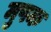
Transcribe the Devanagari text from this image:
मुषक